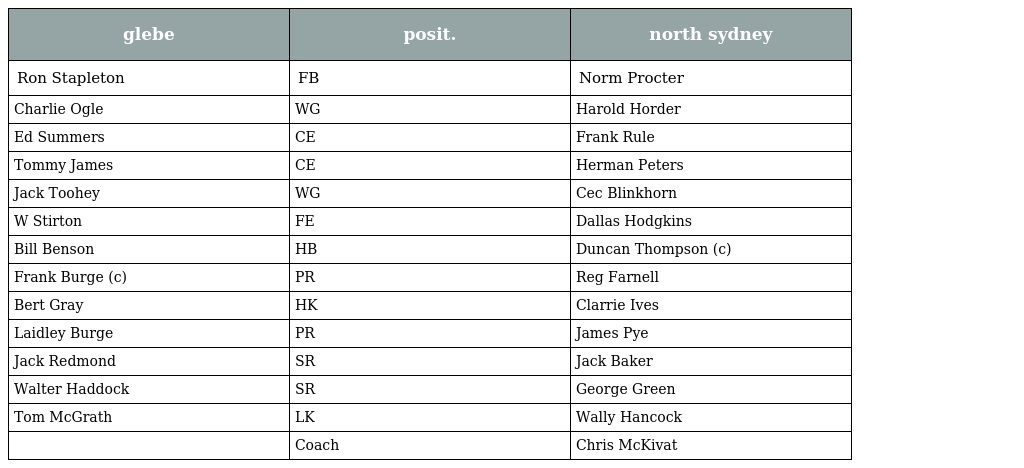
| glebe | posit. | north sydney |
 | --- | --- | --- |
 | Ron Stapleton | FB | Norm Procter |
 | Charlie Ogle | WG | Harold Horder |
 | Ed Summers | CE | Frank Rule |
 | Tommy James | CE | Herman Peters |
 | Jack Toohey | WG | Cec Blinkhorn |
 | W Stirton | FE | Dallas Hodgkins |
 | Bill Benson | HB | Duncan Thompson (c) |
 | Frank Burge (c) | PR | Reg Farnell |
 | Bert Gray | HK | Clarrie Ives |
 | Laidley Burge | PR | James Pye |
 | Jack Redmond | SR | Jack Baker |
 | Walter Haddock | SR | George Green |
 | Tom McGrath | LK | Wally Hancock |
 |  | Coach | Chris McKivat |